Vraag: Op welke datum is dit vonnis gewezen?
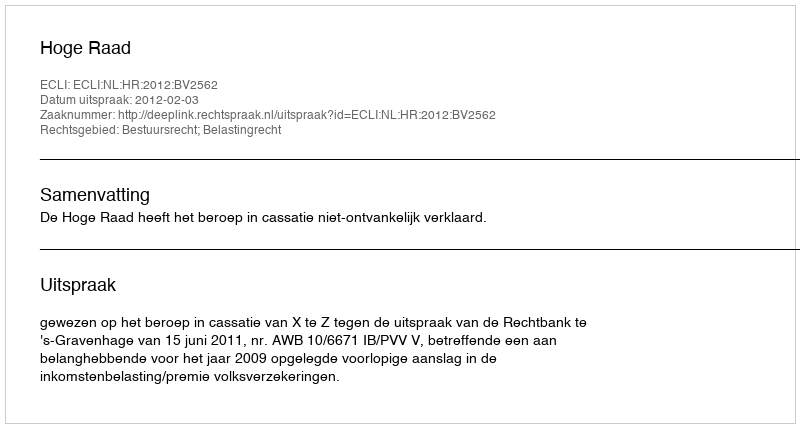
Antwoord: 2012-02-03